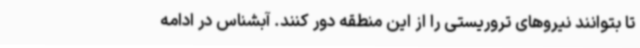
تا بتوانند نیروهای تروریستی را از این منطقه دور کنند. آبشناس در ادامه